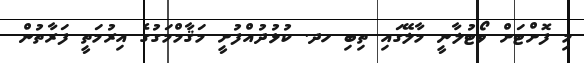
މި ފޮށްޓަށް ވޯޓުލާނީ މާލޭގައި ތިބި ހދ. ކުޅުދުއްފުށީ މަޤާމްމަގުގެ އިރުމަތީ ފަރާތުން